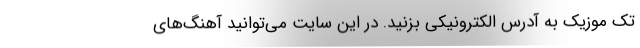
تک موزیک به آدرس الکترونیکی بزنید. در این سایت می‌توانید آهنگ‌های